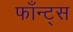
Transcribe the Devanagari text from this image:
फाँन्‍ट्‌स